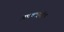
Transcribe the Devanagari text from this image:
अपवाहक्षेत्र